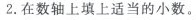
2.在数轴上填上适当的小数。